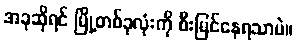
အခုဆိုရင် မြို့တစ်ခုလုံးကို စီးမြင်နေရသာပဲ။